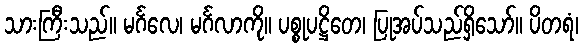
သားကြီးသည်။ မင်္ဂလေ၊ မင်္ဂလာကို။ ပစ္စုပဋ္ဌိတေ၊ ပြုအပ်သည်ရှိသော်။ ပိတရံ၊